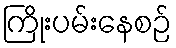
ကြိုးပမ်းနေစဉ်